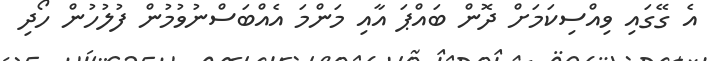
އެ ގޭގައި ވިއްސިކަމަށް ދޮން ބައްޕަ އާއި މަންމަ އެއްބަސްނުވުމުން ފުލުހުން ހޯދި